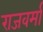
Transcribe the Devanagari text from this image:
राजवर्मा